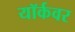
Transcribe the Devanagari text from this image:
यॉर्कवर